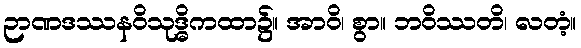
ဉာဏဒဿနဝိသုဒ္ဓိကထာ၌။ အာဝိ၊ စွာ။ ဘဝိဿတိ၊ လတံ့။